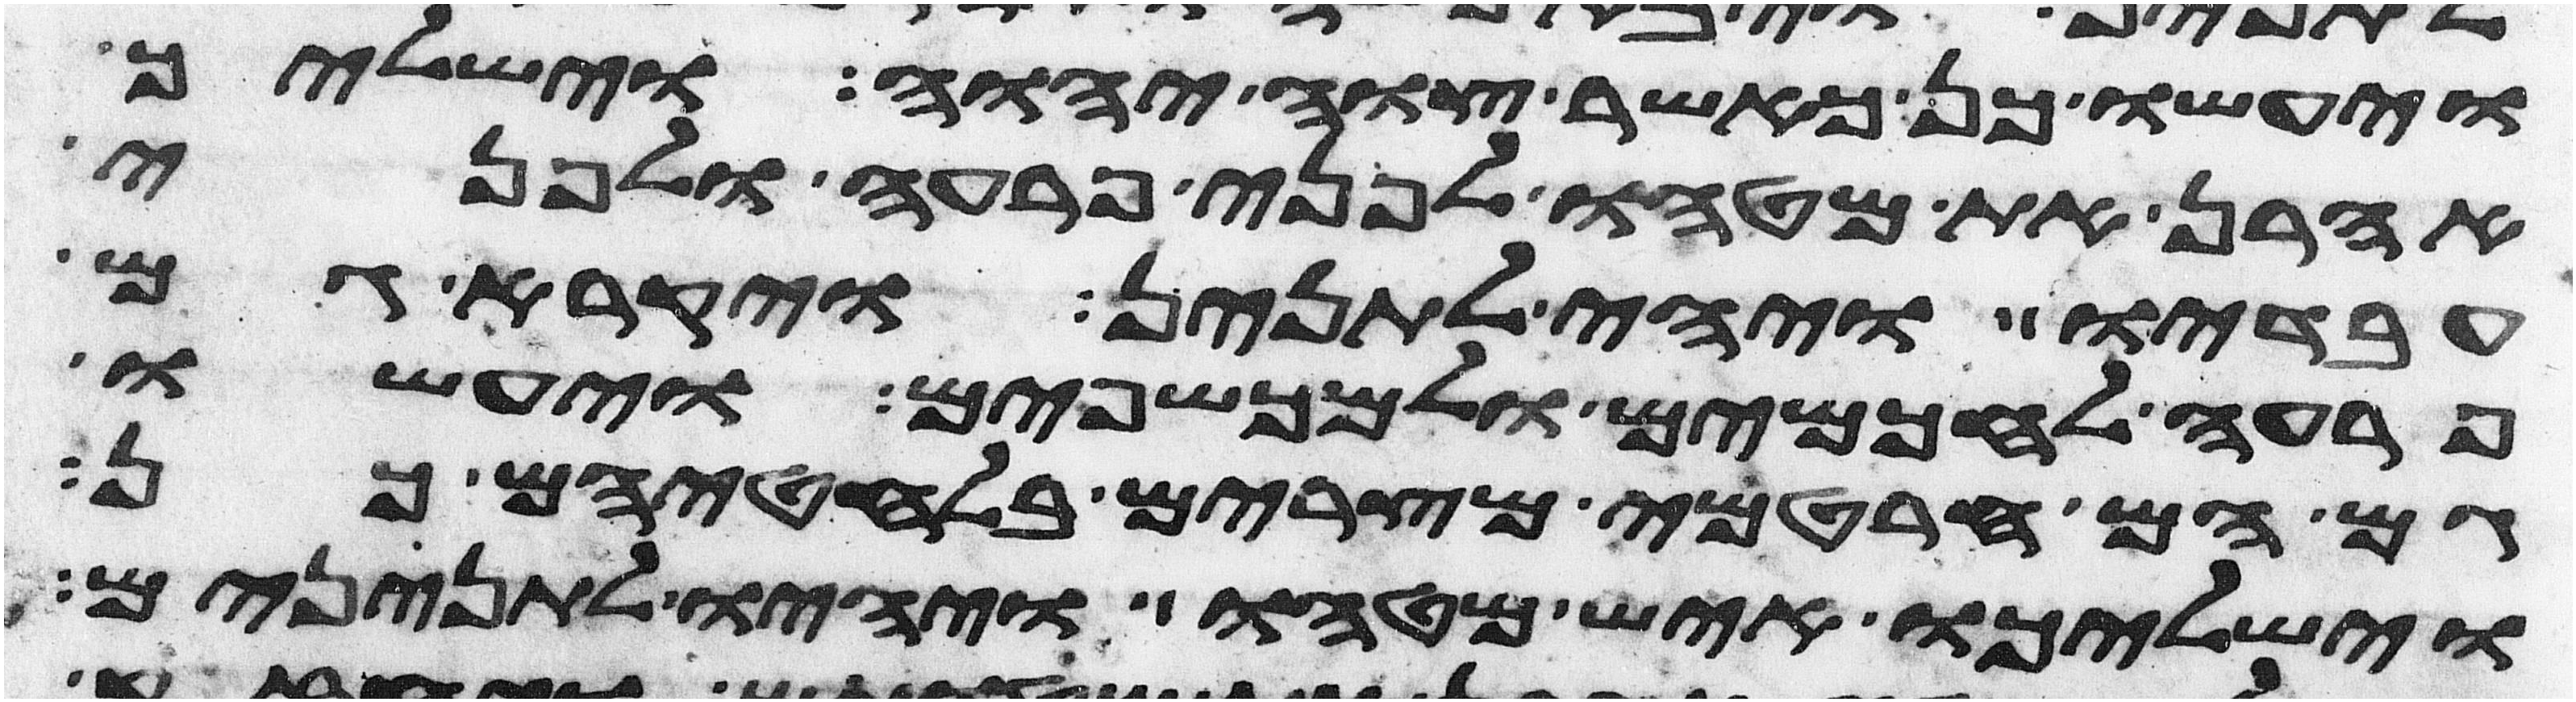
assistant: ויעשו כן כאשר צוה יהוה וישליך
אהרן את מטהו לפני פרעה ולפני
עבדיו ויהי לתנין ויקרא גם
פרעה לחכמים ולמכשפים ויעשו
גם הם חרטמי מצרים בלחטיהם כן
וישלכו איש מטהו ויהיו לתנינים